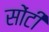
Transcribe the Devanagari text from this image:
सोंटी